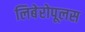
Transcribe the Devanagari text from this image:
लिबेरोपूलस